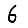
Digit: 6